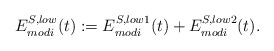
\begin{align*}E_{modi}^{S, low}(t) := E_{modi}^{S, low1}(t) + E_{modi}^{S, low2}(t).\end{align*}